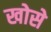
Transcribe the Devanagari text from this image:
खोसे